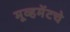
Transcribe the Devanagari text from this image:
मूव्हमेंटचे